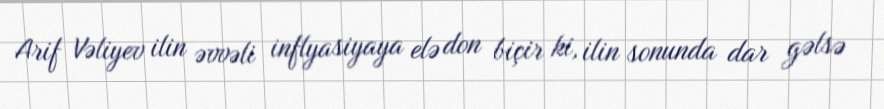
Arif Vəliyev ilin əvvəli inflyasiyaya elə don biçir ki, ilin sonunda dar gəlsə